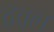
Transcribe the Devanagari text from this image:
ठेवल